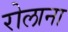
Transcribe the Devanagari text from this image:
रोलाना